Annual statistical returns and brief notes on vaccination in Bengal - 1909-1929
Year: 1909
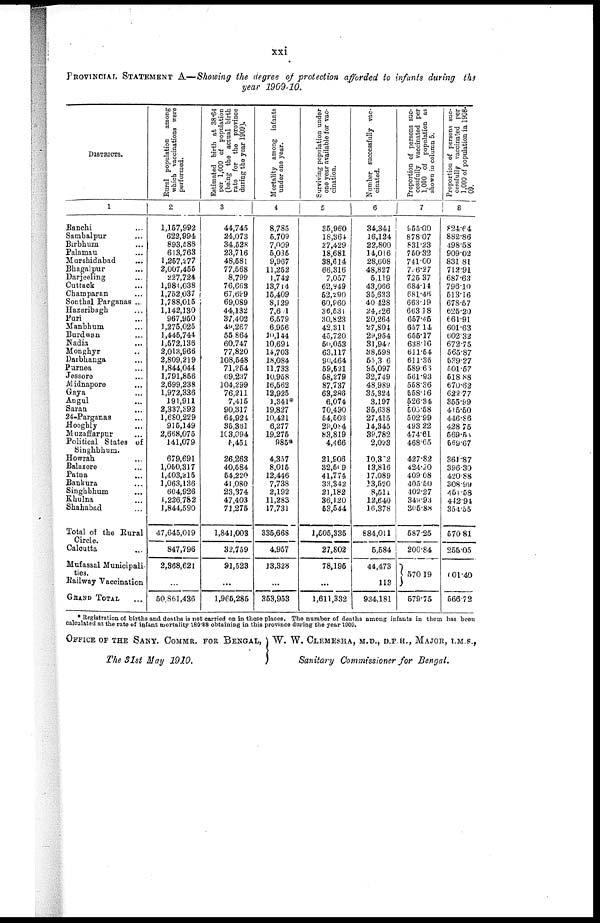
xxi
PROVINCIAL STATEMENT A—Showing the degree of protection afforded to infants during the
year 1909-10.
DISTRICTS.
1
Ranchi... ...
Sambalpur... ...
Birbhum... ...
Palamau... ...
Marshidabad... ...
Bhagalpur... ...
Darjeeling... ...
Cuttack... ...
Champaran... ...
Sonthal Parganas... ...
Hazaribagh... ...
Puri... ...
Manbhum... ...
Burdwan... ...
Nadia... ...
Monghyr... ...
Darbhanga... ...
Purnea... ...
Jessore... ...
Midnapore... ...
Gaya... ...
Angul... ...
Saran... ...
24-Parganas... ...
Hooghly... ...
Muzaffarpur... ...
Political States of
Singhbhum.
Howrah... ...
Balasore... ...
Patna... ...
Bankura... ...
Singhbhum... ...
Khulna... ...
Shahabad... ...
Total of the Rural
Circle.
Calcutta...
Mufassal Municipali-
ties.
Railway Vaccination
GRAND TOTAL...
Rural population among
which vaccinations were
performed.
2
1,157,992
622,994
893,588
613,763
1,257,277
2,007,455
227,724
1,984,038
1,752,037
1,788,015
1,142,130
967,950
1,275,025
1,445,744
1,572,136
2,013,966
2,809,219
1,844,044
1,791,856
2,699,238
1,972,336
191,911
2,337,392
1,680,229
915,149
2,668,075
141,079
679,691
1,050,317
1,403,215
1,063,136
604,926
1,226,782
1,844,590
47,645,019
847,796
2,368,621
...
50,861,436
Estimated birth at 38.64
per 1,000 of population
(being the actual birth
rate for the province
during the year 1909).
3
44,745
24,073
34,528
23,716
48,581
77,568
8,799
76,663
67,699
69,089
44,132
37,402
49,267
55,864
60,747
77,820
108,548
71,254
69,237
104,299
76,211
7,415
90,317
64,924
35,361
103,094
5,451
26,263
40,584
54,220
41,080
23,374
47,403
71,275
1,841,003
32,759
91,523
...
1,965,285
Mortality among infants
under one year.
4
8,785
5,709
7,099
5,035
9,967
11,252
1,742
13,714
15,409
8,129
7,601
6,579
6,956
10,144
10,694
14,703
18,084
11,733
10,958
16,562
12,925
1,341*
19,827
10,421
6,277
19,275
985*
4,357
8,015
12,446
7,738
2,192
11,283
17,731
335,668
4,957
13,328
...
353,953
Surviving population under
one year available for vac-
cination.
5
35,960
18,364
27,429
18,681
38,614
66,316
7,057
62,949
52,290
60,960
36,531
30,823
42,311
45,720
50,053
63,117
90,464
59,521
58,279
87,737
63,286
6,074
70,490
54,503
29,084
83,819
4,466
21,906
32,509
41,774
33,342
21,182
36,120
53,544
1,505,335
27,802
78,195
...
1,611,332
Number successfully vac-
cinated.
6
34,341
16,124
22,800
14,016
28,608
48,827
5,119
43,066
35,633
40,428
24,226
20,264
27,804
29,954
31,940
38,598
65,306
35,097
32,749
48,989
35,324
3,197
35,638
27,415
14,345
39,782
2,093
10,302
13,816
17,089
13,520
8,510
12,640
16,378
884,011
5,584
44,473
113
934,181
Proportion of persons suc-
cessfully vaccinated per
1,000 of population as
shown in column 5.
7
955.00
878.07
831.23
750.32
741.00
706.27
725.37
684.14
681.46
663.19
663.18
657.45
657.14
655.17
638.16
611.64
611.35
589.65
561.93
558.36
558.16
526.34
503.58
502.99
493.22
474.61
468.65
427.82
424.20
409.08
405.50
402.27
349.93
305.88
587.25
200.84
570.19
...
579.75
Proportion of persons suc-
cessfully vaccinated per
1,000 of population in 1908-
09.
8
824.64
882.86
498.58
909.02
831.81
712.91
687.63
796.10
513.16
678.57
625.20
661.91
601.63
602.32
672.75
565.87
539.27
501.57
518.88
670.62
622.77
355.99
415.50
446.86
428.75
569.54
569.67
361.87
396.30
420.88
308.99
451.58
442.94
354.55
570.81
255.05
01.40
...
566.72
* Registration of births and deaths is not carried on in these places. The number of deaths among infants in them has been
calculated at the rate of infant mortality 180.88 obtaining in this province during the year 1909.
OFFICE OF THE SANY. COMMR. FOR BENGAL,
The 31st May 1910.
W. W. CLEMESHA, M.D., D.P.H., MAJOR, I.M.S.,
Sanitary Commissioner for Bengal.